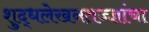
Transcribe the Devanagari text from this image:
शुद्धलेखनतज्‍ज्ञांचा